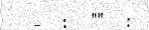
-  :  ""  :